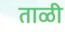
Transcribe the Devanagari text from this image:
ताळी